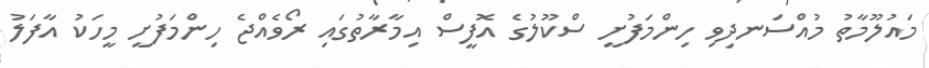
މައުލޫމާތު މުއްސަނދިވި ހިންމަފުށީ ސްކޫލުގެ އޮފީސް އިމާރާތުގައި ރޯވެއްޖެ ހިންމަފުށީ މީހަކު އާފަލު